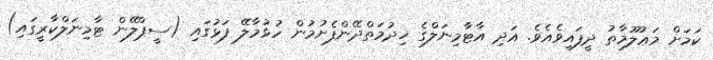
ކަމަށް މަޢުލޫމާތު ދީފައިވެއެވެ. އަދި އާޓާމިނަލްގެ ޚިދުމަތްދޭންފެށުމުން ހުޅުމާލޭ ފަޅުގައި (ސީޕްލޭން ޓާމިނަލްކާރީގައި)